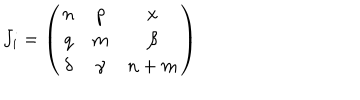
J _ { i } = \left( \begin{array} { c c c } { { n } } & { { p } } & { { x } } \\ { { q } } & { { m } } & { { \beta } } \\ { { \delta } } & { { \gamma } } & { { n + m } } \\ \end{array} \right)